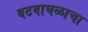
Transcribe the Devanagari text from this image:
वटवाघळाचा